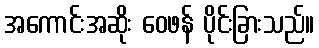
အကောင်းအဆိုး ဝေဖန် ပိုင်းခြားသည်။